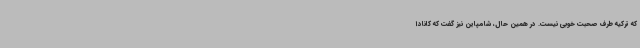
که ترکیه طرف صحبت خوبی نیست. در همین حال، شامپاین نیز گفت که کانادا